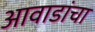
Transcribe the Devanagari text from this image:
आवाडांचा